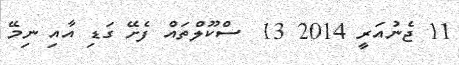
11 ޖެނުއަރީ 2014 13  ސްކޫލްތައް ފެށޭ ގަޑި އާއި ނިމޭ